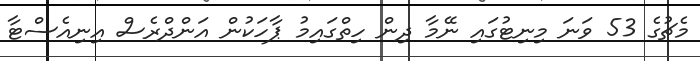
މެޗުގެ 53 ވަނަ މިނިޓުގައި ނޭމާ ދިން ހިތްގައިމު ޕާހަކުން އަންދްރެސް އިނިއެސްޓާ